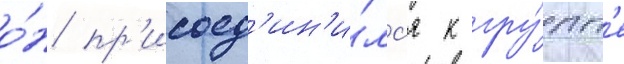
о́н пр'исоед'ин'и́лс'я к гру́пп'е